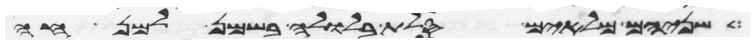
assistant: שניהם מלאים סלת בלולה בשמן למנחה